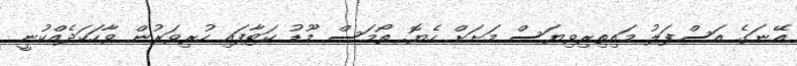
އޭނަގެ އަސްފަލު މައިތިރިވިޔަސް މަށަށް ހެޔޮ. ތޯމަސް މޫޑު ކަޓާފައި ހުރިވަރުން ވާހަކަދެއްކުނީ